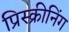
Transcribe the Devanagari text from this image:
प्रिस्क्रीनिंग